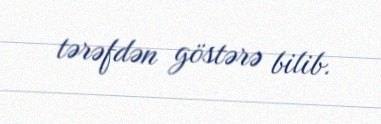
tərəfdən göstərə bilib.